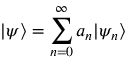
| \psi \rangle = \sum _ { n = 0 } ^ { \infty } a _ { n } | \psi _ { n } \rangle